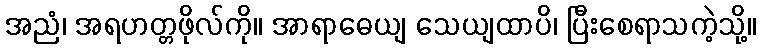
အညံ၊ အရဟတ္တဖိုလ်ကို။ အာရာဓေယျ သေယျထာပိ၊ ပြီးစေရာသကဲ့သို့။